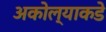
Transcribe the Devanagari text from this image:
अकोल्याकडे